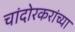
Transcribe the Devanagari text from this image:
चांदोरकरांच्या